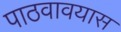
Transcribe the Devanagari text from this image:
पाठवावयास